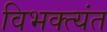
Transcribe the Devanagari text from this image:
विभक्त्यंत